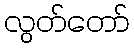
လွတ်တော်